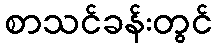
စာသင်ခန်းတွင်